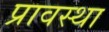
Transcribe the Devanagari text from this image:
प्रावस्‍था